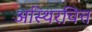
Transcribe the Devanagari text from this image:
अस्थिरचित्त